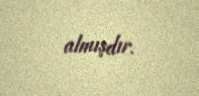
almışdır.